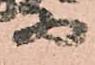
等